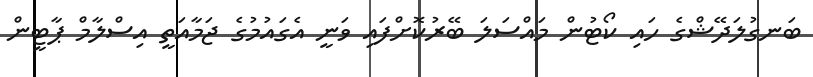
ބަނގުލަދޭޝްގެ ހައި ކޯޓުން މައްސަލަ ބޭރުކޮށްފައި ވަނީ އެގައުމުގެ ޖަމާއަތީ އިސްލާމް ޕާޓީން